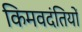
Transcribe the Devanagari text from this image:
किमवदंतियों